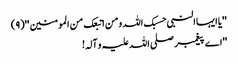
''یا ایہا النبی حسبک اللہ ومن اتبعک من المومنین ''(٩)
''اے پیغمبر صلی اللہ علیہ و آلہ!